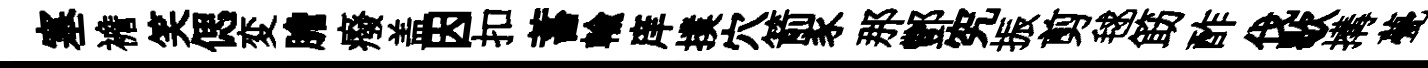
塞襜笑偲変膽癈盖因扣蓄輸庠撲穴箭豕那酆究振剪毬筯酢伐歇搆甍